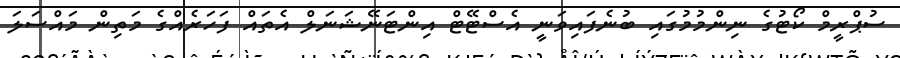
ސުޕްރީމް ކޯޓުގެ ނިންމުމުގައި ބުނެފައިވަނީ އެސްޓޭޓް އިންޓަނޭޝަނަލް އެތައް ފަހަރެއްގެ މަތިން މައްސަލަ